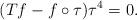
LaTeX: \begin{align*}(Tf - f\circ \tau) \tau^4 = 0.\end{align*}